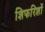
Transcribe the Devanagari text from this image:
शिफरिशों